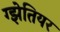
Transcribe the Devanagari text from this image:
ग्झेतियर